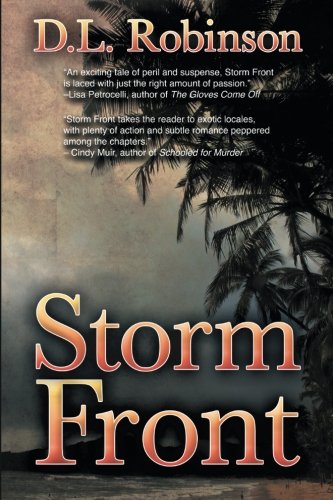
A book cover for Storm Front; D.L. Robinson; Romance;